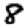
Digit: 8